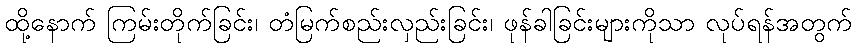
ထို့နောက် ကြမ်းတိုက်ခြင်း၊ တံမြက်စည်းလှည်းခြင်း၊ ဖုန်ခါခြင်းများကိုသာ လုပ်ရန်အတွက်